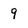
Character: 9